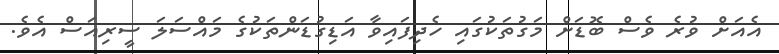
އެއަށް ވުރެ ވެސް ބޮޑަށް މަގުތަކުގައި ހެދިފައިވާ އަޑިގުޑަންތަކުގެ މައްސަލަ ސީރިއަސް އެވެ.